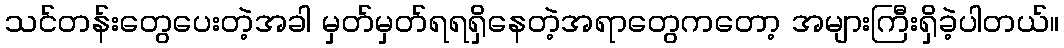
သင်တန်းတွေပေးတဲ့အခါ မှတ်မှတ်ရရရှိနေတဲ့အရာတွေကတော့ အများကြီးရှိခဲ့ပါတယ်။